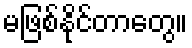
မဖြစ်နိုင်တာတွေ။